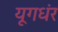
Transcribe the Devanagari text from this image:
यूगधंर